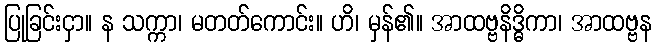
ပြုခြင်းငှာ။ န သက္ကာ၊ မတတ်ကောင်း။ ဟိ၊ မှန်၏။ အာထဗ္ဗနိဒ္ဓိကာ၊ အာထဗ္ဗန